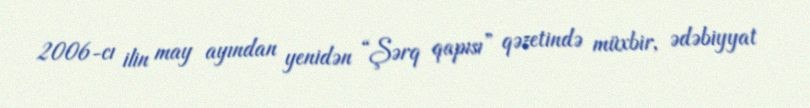
2006-cı ilin may ayından yenidən “Şərq qapısı” qəzetində müxbir, ədəbiyyat